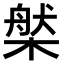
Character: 𣗆